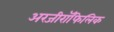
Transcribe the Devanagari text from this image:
अरजीरॉफिलिक